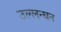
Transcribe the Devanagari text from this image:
उल्लन्घन